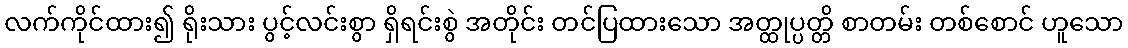
လက်ကိုင်ထား၍ ရိုးသား ပွင့်လင်းစွာ ရှိရင်းစွဲ အတိုင်း တင်ပြထားသော အတ္ထုပ္ပတ္တိ စာတမ်း တစ်စောင် ဟူသော